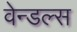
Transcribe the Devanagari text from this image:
वेन्डल्स